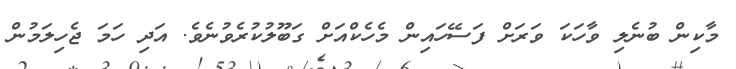
މާކިން ބުނެލި ވާހަކަ ވަރަށް ފަސޭހައިން މެހެކްއަށް ގަބޫލުކުރެވުނެވެ. އަދި ހަމަ ޖެހިލަމުން